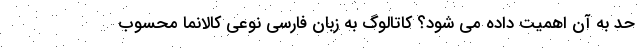
حد به آن اهمیت داده می شود؟ کاتالوگ به زبان فارسی نوعی کالانما محسوب